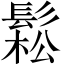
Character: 鬆